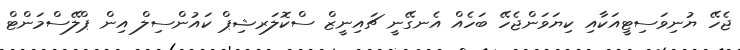
ޖެހޭ ޔުނިވަސިޓީއަކާއި ކިޔަވަންޖެހޭ ބަހެއް އެނގޭނީ ޗައިނީޒް ސްކޮލަރޝިޕް ކައުންސިލް އިން ޕްލޭސްމަންޓް